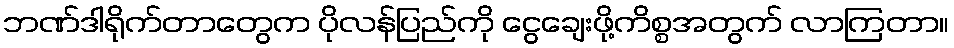
ဘဏ်ဒါရိုက်တာတွေက ပိုလန်ပြည်ကို ငွေချေးဖို့ကိစ္စအတွက် လာကြတာ။